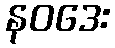
နဝဒေး